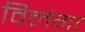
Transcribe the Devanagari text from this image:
विलंगा